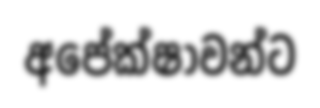
අපේක්ෂාවන්ට